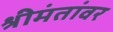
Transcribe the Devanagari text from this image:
श्रीमंतांवर